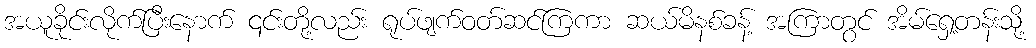
အယူခိုင်းလိုက်ပြီးနောက် ၎င်းတို့လည်း ရုပ်ဖျက်ဝတ်ဆင်ကြကာ ဆယ်မိနစ်ခန့် အကြာတွင် အိမ်ရှေ့တန်းသို့